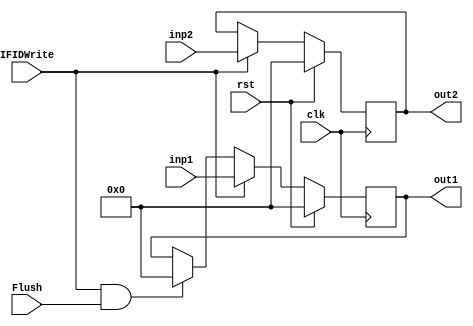
module IF_ID(clk, rst,Flush, IFIDWrite,inp1, inp2,out1, out2);
    input [31:0] inp1, inp2;
    input Flush, clk, rst, IFIDWrite;
    output reg [31:0] out1, out2;
    always @(posedge clk) begin
        if (rst) begin
            out1 <= 32'b0;
            out2 <= 32'b0;
        end
        else begin
            if ((IFIDWrite == 1'b1) && (Flush == 1'b1) ) begin
                out1 <= 32'b0;
                // out2 <= 32'b0;
            end
            if (IFIDWrite == 1'b1) begin
                out1 <= inp1;
                out2 <= inp2;
            end
        end
    end
endmodule